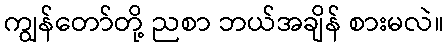
ကျွန်တော်တို့ ညစာ ဘယ်အချိန် စားမလဲ။